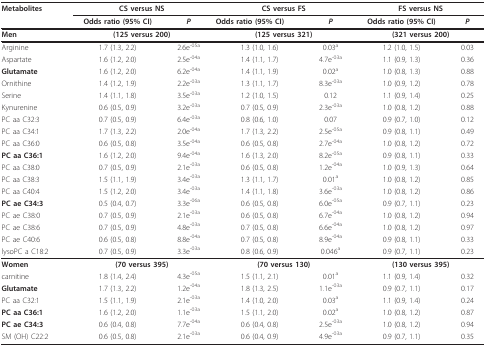
<table><thead><tr><td><b>Metabolites</b></td><td colspan="2"><b>CS versus NS</b></td><td colspan="2"><b>CS versus FS</b></td><td colspan="2"><b>FS versus NS</b></td></tr><tr><td>[EMPTY_CELL]</td><td><b>Odds ratio (95% CI)</b></td><td><b><i>P</i></b></td><td><b>Odds ratio (95% CI)</b></td><td><b><i>P</i></b></td><td><b>Odds ratio (95% CI)</b></td><td><b><i>P </i></b></td></tr><tr><td><b>Men</b></td><td colspan="2"><b>(125 versus 200)</b></td><td colspan="2"><b>(125 versus 321)</b></td><td colspan="2"><b>(321 versus 200)</b></td></tr></thead><tbody><tr><td>Arginine</td><td>1.7 (1.3, 2.2)</td><td>2.6e<sup>-05a</sup></td><td>1.3 (1.0, 1.6)</td><td>0.03<sup>a</sup></td><td>1.2 (1.0, 1.5)</td><td>0.03</td></tr><tr><td>Aspartate</td><td>1.6 (1.2, 2.0)</td><td>2.5e<sup>-04a</sup></td><td>1.4 (1.1, 1.7)</td><td>4.7e<sup>-03a</sup></td><td>1.1 (0.9, 1.3)</td><td>0.36</td></tr><tr><td><b>Glutamate</b></td><td>1.6 (1.2, 2.0)</td><td>6.2e<sup>-04a</sup></td><td>1.4 (1.1, 1.9)</td><td>0.02<sup>a</sup></td><td>1.0 (0.8, 1.3)</td><td>0.88</td></tr><tr><td>Ornithine</td><td>1.4 (1.2, 1.9)</td><td>2.2e<sup>-03a</sup></td><td>1.3 (1.1, 1.7)</td><td>8.3e<sup>-03a</sup></td><td>1.0 (0.9, 1.2)</td><td>0.78</td></tr><tr><td>Serine</td><td>1.4 (1.1, 1.8)</td><td>3.5e<sup>-03a</sup></td><td>1.2 (1.0, 1.5)</td><td>0.12</td><td>1.1 (0.9, 1.4)</td><td>0.25</td></tr><tr><td>Kynurenine</td><td>0.6 (0.5, 0.9)</td><td>3.2e<sup>-03a</sup></td><td>0.7 (0.5, 0.9)</td><td>2.3e<sup>-03a</sup></td><td>1.0 (0.8, 1.2)</td><td>0.88</td></tr><tr><td>PC aa C32:3</td><td>0.7 (0.5, 0.9)</td><td>6.4e<sup>-03a</sup></td><td>0.8 (0.6, 1.0)</td><td>0.07</td><td>0.9 (0.7, 1.0)</td><td>0.12</td></tr><tr><td>PC aa C34:1</td><td>1.7 (1.3, 2.2)</td><td>2.0e<sup>-04a</sup></td><td>1.7 (1.3, 2.2)</td><td>2.5e<sup>-05a</sup></td><td>0.9 (0.8, 1.1)</td><td>0.49</td></tr><tr><td>PC aa C36:0</td><td>0.6 (0.5, 0.8)</td><td>3.5e<sup>-04a</sup></td><td>0.6 (0.5, 0.8)</td><td>2.7e<sup>-04a</sup></td><td>1.0 (0.8, 1.2)</td><td>0.72</td></tr><tr><td><b>PC aa C36:1</b></td><td>1.6 (1.2, 2.0)</td><td>9.4e<sup>-04a</sup></td><td>1.6 (1.3, 2.0)</td><td>8.2e<sup>-05a</sup></td><td>0.9 (0.8, 1.1)</td><td>0.33</td></tr><tr><td>PC aa C38:0</td><td>0.7 (0.5, 0.9)</td><td>2.1e<sup>-03a</sup></td><td>0.6 (0.5, 0.8)</td><td>1.2e<sup>-04a</sup></td><td>1.0 (0.9, 1.3)</td><td>0.64</td></tr><tr><td>PC aa C38:3</td><td>1.5 (1.1, 1.9)</td><td>3.4e<sup>-03a</sup></td><td>1.3 (1.1, 1.7)</td><td>0.01<sup>a</sup></td><td>1.0 (0.8, 1.2)</td><td>0.85</td></tr><tr><td>PC aa C40:4</td><td>1.5 (1.2, 2.0)</td><td>3.4e<sup>-03a</sup></td><td>1.4 (1.1, 1.8)</td><td>3.6e<sup>-03a</sup></td><td>1.0 (0.8, 1.2)</td><td>0.86</td></tr><tr><td><b>PC ae C34:3</b></td><td>0.5 (0.4, 0.7)</td><td>3.3e<sup>-06a</sup></td><td>0.6 (0.5, 0.8)</td><td>6.0e<sup>-05a</sup></td><td>0.9 (0.7, 1.1)</td><td>0.23</td></tr><tr><td>PC ae C38:0</td><td>0.7 (0.5, 0.9)</td><td>2.1e<sup>-03a</sup></td><td>0.6 (0.5, 0.8)</td><td>6.7e<sup>-04a</sup></td><td>1.0 (0.8, 1.2)</td><td>0.94</td></tr><tr><td>PC ae C38:6</td><td>0.7 (0.5, 0.9)</td><td>4.8e<sup>-03a</sup></td><td>0.7 (0.5, 0.8)</td><td>6.6e<sup>-04a</sup></td><td>1.0 (0.8, 1.2)</td><td>0.97</td></tr><tr><td>PC ae C40:6</td><td>0.6 (0.5, 0.8)</td><td>8.8e<sup>-04a</sup></td><td>0.7 (0.5, 0.8)</td><td>8.9e<sup>-04a</sup></td><td>0.9 (0.8, 1.1)</td><td>0.33</td></tr><tr><td>lysoPC a C18:2</td><td>0.7 (0.5, 0.9)</td><td>3.3e<sup>-03a</sup></td><td>0.8 (0.6, 0.9)</td><td>0.046<sup>a</sup></td><td>0.9 (0.7, 1.1)</td><td>0.23</td></tr><tr><td><b>Women</b></td><td colspan="2"><b>(70 versus 395)</b></td><td colspan="2"><b>(70 versus 130)</b></td><td colspan="2"><b>(130 versus 395)</b></td></tr><tr><td>carnitine</td><td>1.8 (1.4, 2.4)</td><td>4.3e<sup>-05a</sup></td><td>1.5 (1.1, 2.1)</td><td>0.01<sup>a</sup></td><td>1.1 (0.9, 1.4)</td><td>0.32</td></tr><tr><td><b>Glutamate</b></td><td>1.7 (1.3, 2.2)</td><td>1.2e<sup>-04a</sup></td><td>1.8 (1.3, 2.5)</td><td>1.1e<sup>-03a</sup></td><td>0.9 (0.7, 1.1)</td><td>0.17</td></tr><tr><td>PC aa C32:1</td><td>1.5 (1.1, 1.9)</td><td>2.1e<sup>-03a</sup></td><td>1.4 (1.0, 2.0)</td><td>0.03<sup>a</sup></td><td>1.1 (0.9, 1.4)</td><td>0.24</td></tr><tr><td><b>PC aa C36:1</b></td><td>1.6 (1.2, 2.0)</td><td>1.1e<sup>-03a</sup></td><td>1.5 (1.1, 2.0)</td><td>0.02<sup>a</sup></td><td>1.0 (0.8, 1.2)</td><td>0.87</td></tr><tr><td><b>PC ae C34:3</b></td><td>0.6 (0.4, 0.8)</td><td>7.7e<sup>-04a</sup></td><td>0.6 (0.4, 0.8)</td><td>2.5e<sup>-03a</sup></td><td>1.0 (0.8, 1.2)</td><td>0.94</td></tr><tr><td>SM (OH) C22:2</td><td>0.6 (0.5, 0.8)</td><td>2.1e<sup>-03a</sup></td><td>0.6 (0.4, 0.9)</td><td>4.9e<sup>-03a</sup></td><td>0.9 (0.7, 1.1)</td><td>0.35</td></tr></tbody></table>